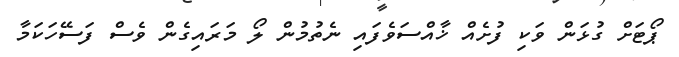
ޕޯޓަށް ގުޅަން ވަކި ފުށެއް ޚާއްސަވެފައި ނެތުމުން ލޯ މަރައިގެން ވެސް ފަސޭހަކަމާ